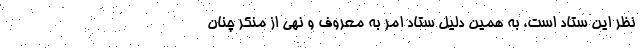
نظر این ستاد است، به همین دلیل ستاد امر به معروف و نهی از منکر چنان